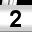
Digit: 2